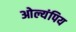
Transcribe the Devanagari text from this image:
ओल्यंपिय